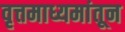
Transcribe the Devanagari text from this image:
वृत्तमाध्यमांतून